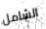
الشامل